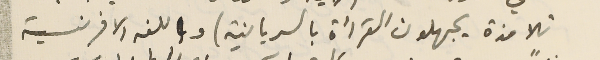
تلامذة يجهلون القرأة بالسريانية) وباللغه الافرنسية